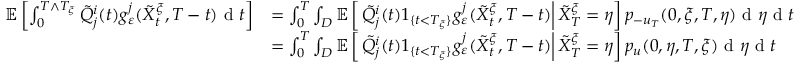
\begin{array} { r l } { \mathbb { E } \left[ \int _ { 0 } ^ { T \wedge T _ { \xi } } \tilde { Q } _ { j } ^ { i } ( t ) g _ { \varepsilon } ^ { j } ( \tilde { X } _ { t } ^ { \xi } , T - t ) \textrm { d } t \right] } & { = \int _ { 0 } ^ { T } \int _ { D } \mathbb { E } \left[ \left. \tilde { Q } _ { j } ^ { i } ( t ) 1 _ { \{ t < T _ { \xi } \} } g _ { \varepsilon } ^ { j } ( \tilde { X } _ { t } ^ { \xi } , T - t ) \right| \tilde { X } _ { T } ^ { \xi } = \eta \right] p _ { - u _ { T } } ( 0 , \xi , T , \eta ) \textrm { d } \eta \textrm { d } t } \\ & { = \int _ { 0 } ^ { T } \int _ { D } \mathbb { E } \left[ \left. \tilde { Q } _ { j } ^ { i } ( t ) 1 _ { \{ t < T _ { \xi } \} } g _ { \varepsilon } ^ { j } ( \tilde { X } _ { t } ^ { \xi } , T - t ) \right| \tilde { X } _ { T } ^ { \xi } = \eta \right] p _ { u } ( 0 , \eta , T , \xi ) \textrm { d } \eta \textrm { d } t } \end{array}